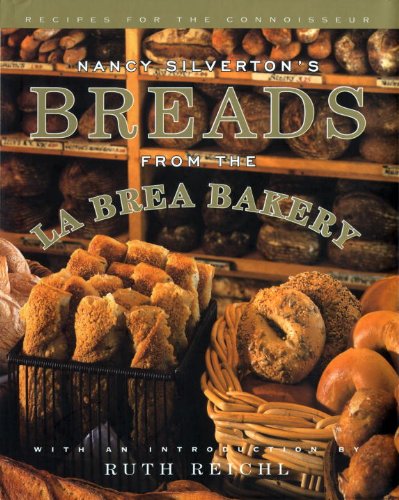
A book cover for Nancy Silverton's Breads from the La Brea Bakery: Recipes for the Connoisseur; Nancy Silverton; Cookbooks, Food & Wine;